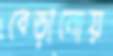
বেড়ানোয়